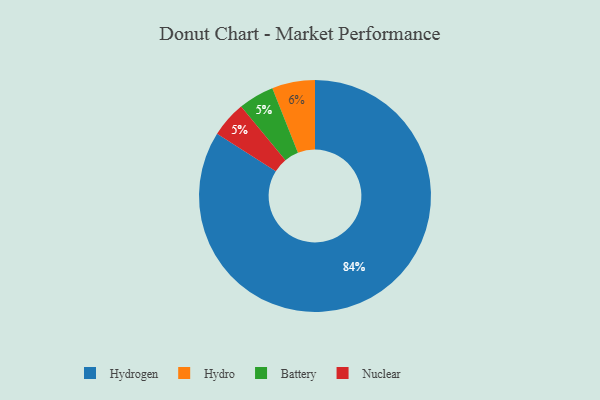
{"axis": {"x": "Category", "y": "Percentage"}, "legend": ["Battery", "Hydro", "Hydrogen", "Nuclear"], "data": [{"x": "Battery", "y": 5, "type": "Battery"}, {"x": "Nuclear", "y": 5, "type": "Nuclear"}, {"x": "Hydrogen", "y": 84, "type": "Hydrogen"}, {"x": "Hydro", "y": 6, "type": "Hydro"}]}